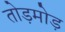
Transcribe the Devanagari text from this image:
तोड़मोड़